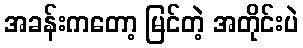
အခန်းကတော့ မြင်တဲ့ အတိုင်းပဲ